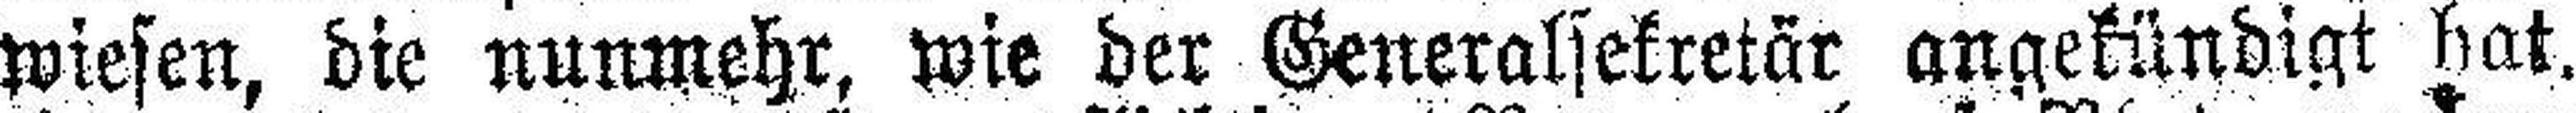
wiesen, die nunmehr, wie der Generalsekretär angekündigt hat.